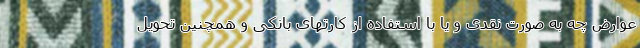
عوارض چه به صورت نقدی و یا با استفاده از کارتهای بانکی و همچنین تحویل